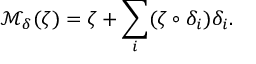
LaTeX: { \mathcal M } _ { \delta } ( \zeta ) = \zeta + \sum _ { i } ( \zeta \circ \delta _ { i } ) \delta _ { i } .